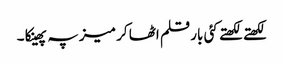
لکھتے لکھتے کئی بار قلم اٹھا کر میز پہ پھینکا ۔